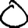
Digit: 0